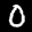
Label: 0